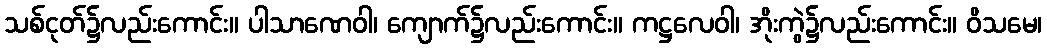
သစ်ငုတ်၌လည်းကောင်း။ ပါသာဏေဝါ၊ ကျောက်၌လည်းကောင်း။ ကဋ္ဌလေဝါ၊ အိုးကွဲ၌လည်းကောင်း။ ဝိသမေ၊